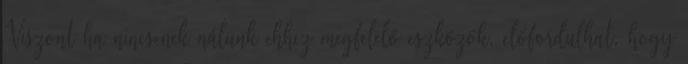
Viszont ha nincsenek nálunk ehhez megfelelő eszközök, előfordulhat, hogy